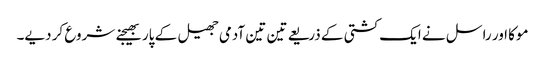
موکا اور راسل نے ایک کشتی کے ذریعے تین تین آدمی جھیل کے پار بھیجنے شروع کر دیے۔